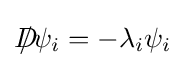
D\!\!\!\!/\psi _{i}=-\lambda _{i}\psi _{i}